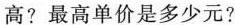
高?最高单价是多少元?